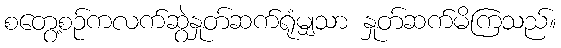
စတွေ့စဉ်ကလက်ဆွဲနှုတ်ဆက်ရုံမျှသာ နှုတ်ဆက်မိကြသည်။